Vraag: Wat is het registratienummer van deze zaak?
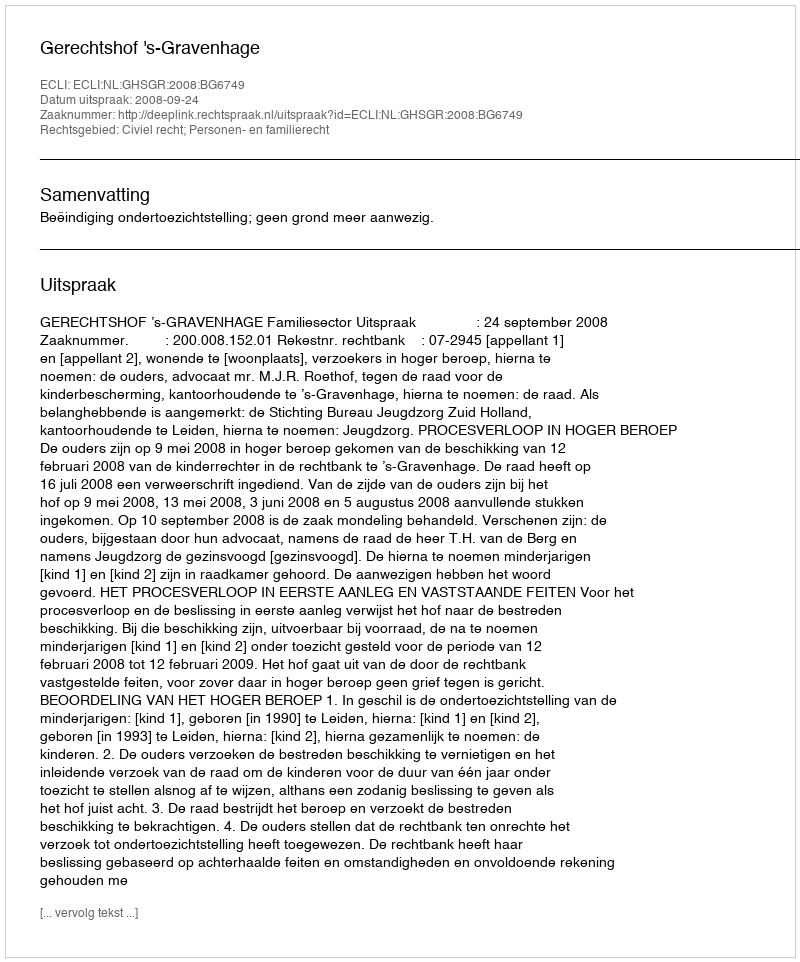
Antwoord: http://deeplink.rechtspraak.nl/uitspraak?id=ECLI:NL:GHSGR:2008:BG6749